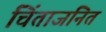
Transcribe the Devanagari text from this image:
चिंताजनित